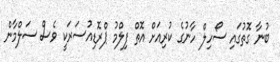
ބުނާ ގޮތުގައި ސޯހިލް ހާނުގެ ކުރިއަށް އޮތް ފިލްމު ޕްރޮޑިއުސަރަކީ ވެސް ސަލްމާން